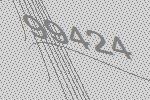
99424